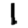
Digit: 1